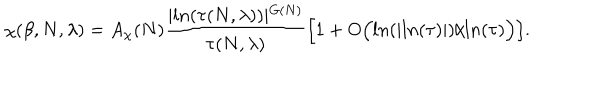
\chi ( \beta , N , \lambda ) = A _ { \chi } ( N ) \frac { \vert l n ( \tau ( N , \lambda ) ) \vert ^ { G ( N ) } } { \tau ( N , \lambda ) } \Big [ 1 + O \Big ( l n ( \vert l n ( \tau ) \vert ) / l n ( \tau ) \Big ) \Big ] .